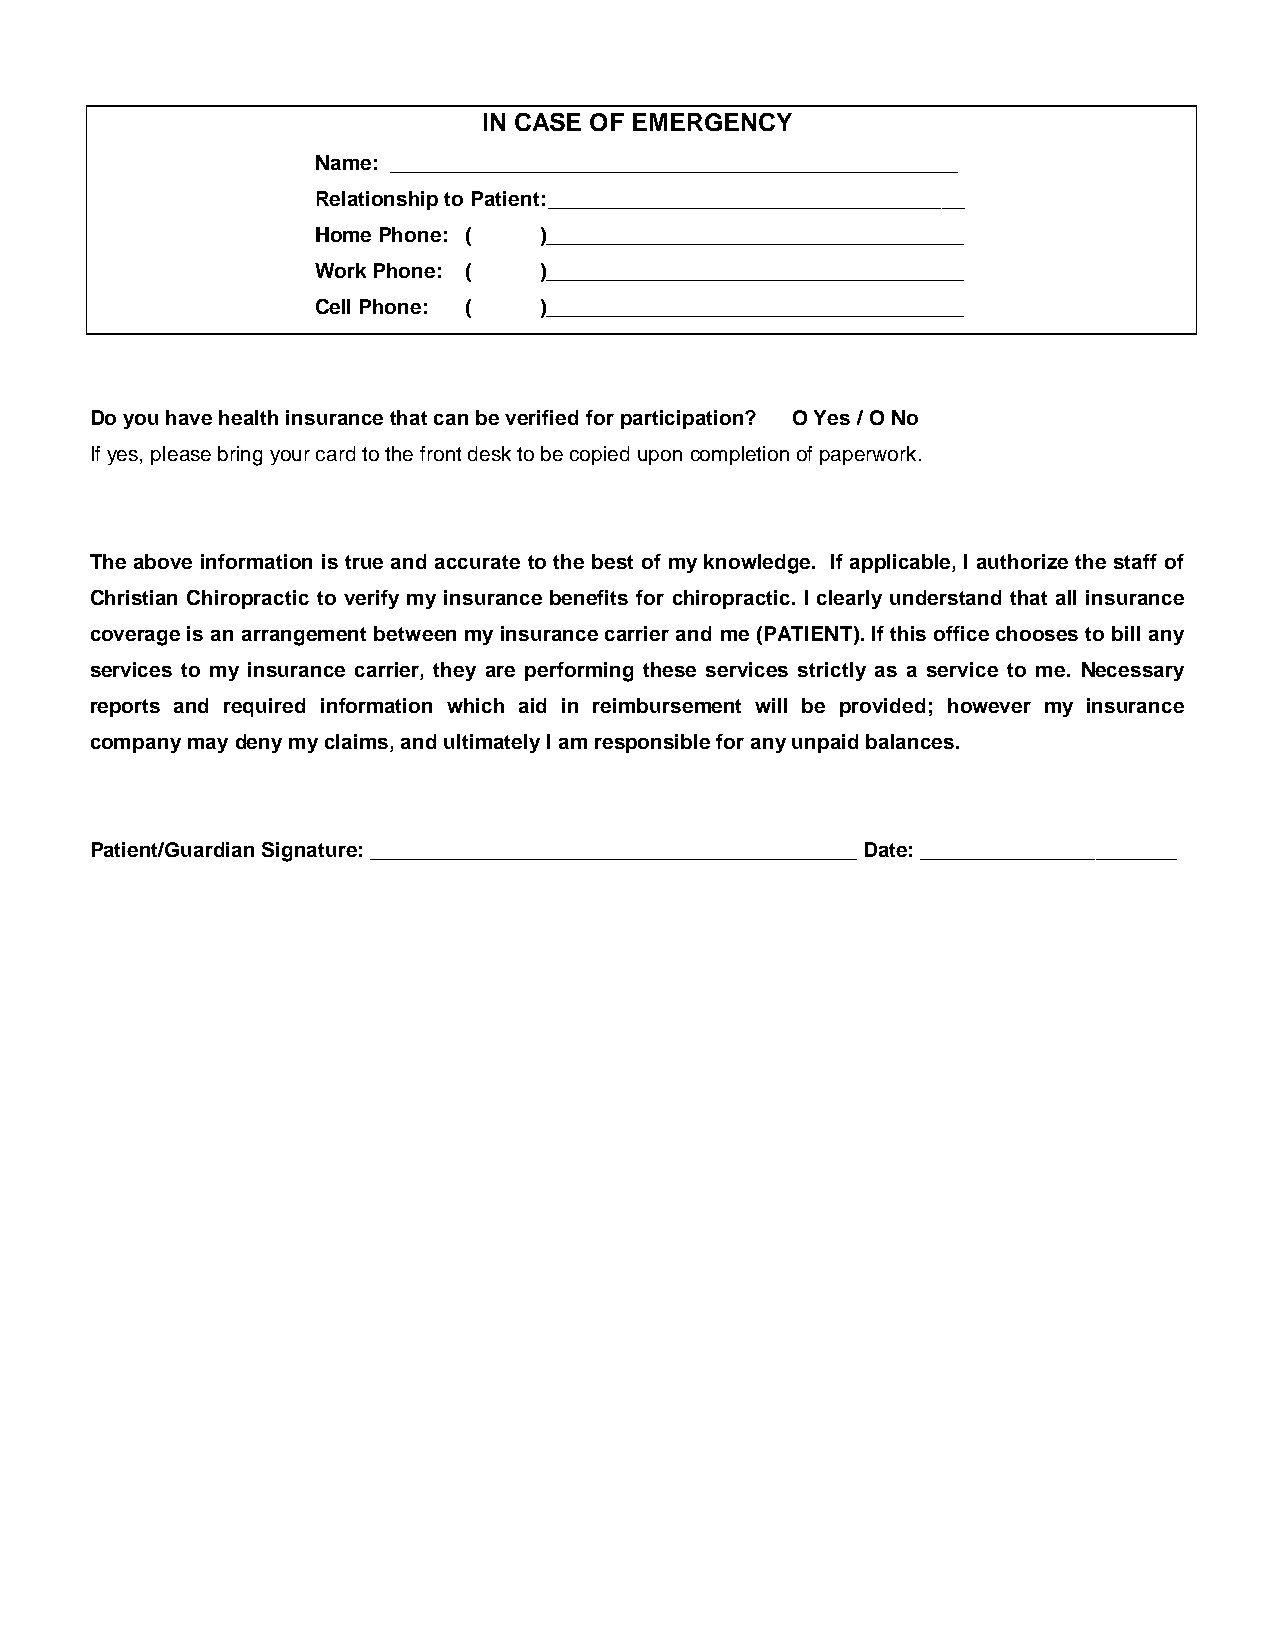
IN CASE OF EMERGENCY
 Name: _________________________________________________
 Relationship to Patient:____________________________________
 Home Phone: (  )____________________________________
 Work Phone: (  )____________________________________
 Cell Phone: (  )____________________________________
 Do you have health insurance that can be verified for participation? O Yes / O No
 If yes, please bring your card to the front desk to be copied upon completion of paperwork.
 The above information is true and accurate to the best of my knowledge. If applicable, I authorize the staff of
 Christian Chiropractic to verify my insurance benefits for chiropractic. I clearly understand that all insurance
 coverage is an arrangement between my insurance carrier and me (PATIENT). If this office chooses to bill any
 services to my insurance carrier, they are performing these services strictly as a service to me. Necessary
 reports and required information which aid in reimbursement will be provided; however my insurance
 company may deny my claims, and ultimately I am responsible for any unpaid balances.
 Patient/Guardian Signature: __________________________________________ Date: ______________________